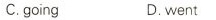
C.going D.went